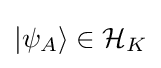
{|\psi _{A}\rangle }\in {\mathcal {H}}_{K}